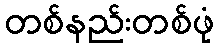
တစ်နည်းတစ်ဖုံ